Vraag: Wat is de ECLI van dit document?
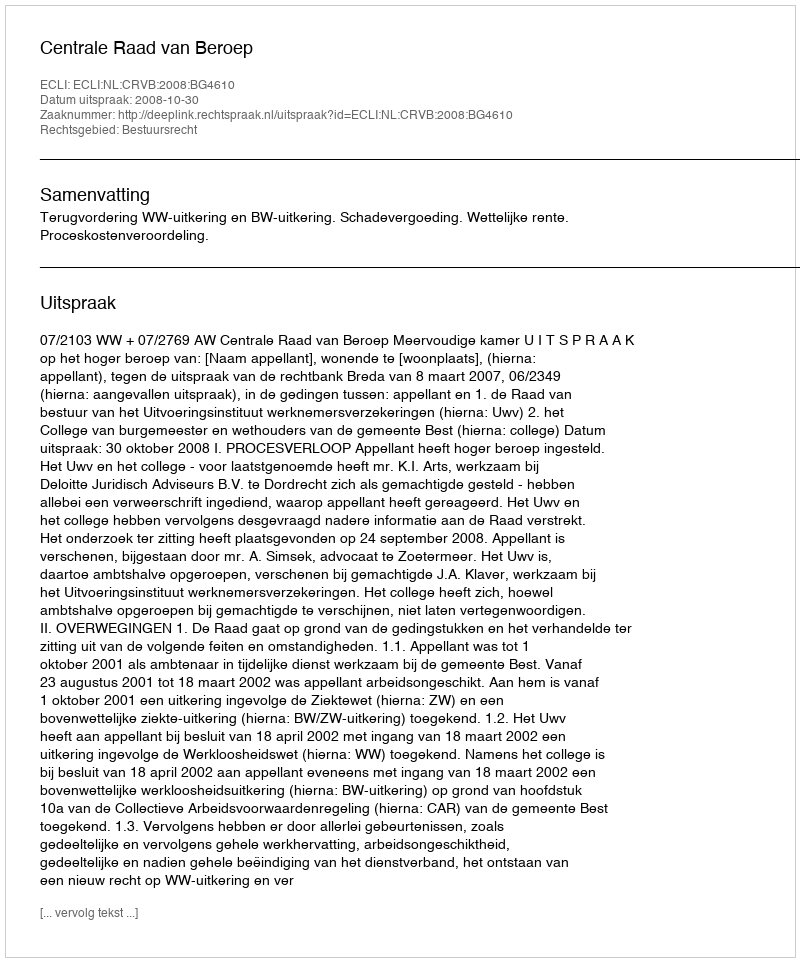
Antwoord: ECLI:NL:CRVB:2008:BG4610